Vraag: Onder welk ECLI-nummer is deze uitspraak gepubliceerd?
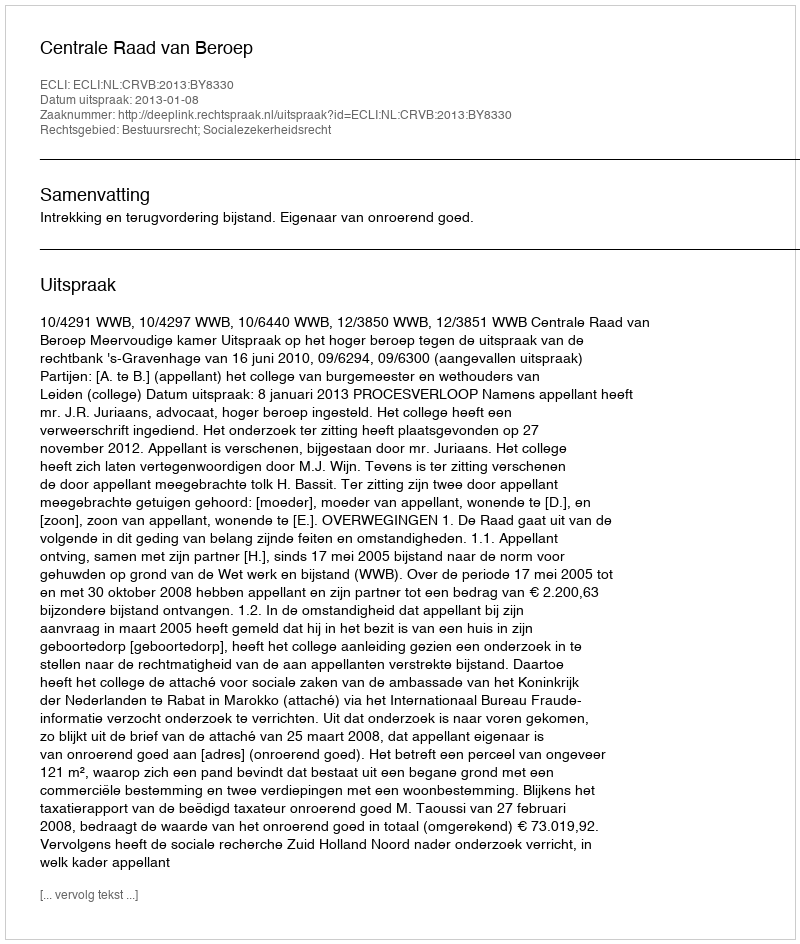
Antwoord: ECLI:NL:CRVB:2013:BY8330